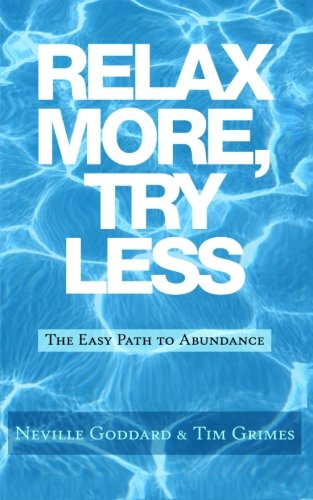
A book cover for Relax More, Try Less: The Easy Path to Abundance (Neville Explains the Bible); Neville Goddard; Business & Money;